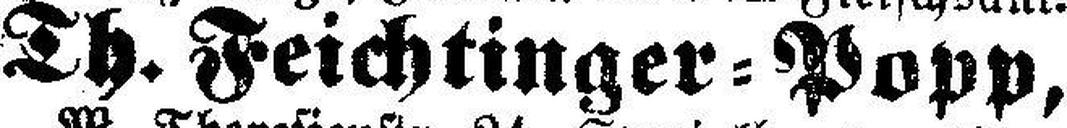
Th. Feichtinger=Popp,